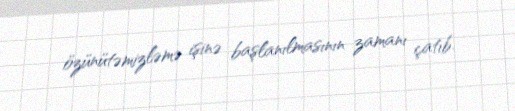
özünütəmizləmə işinə başlanılmasının zamanı çatıb.